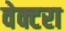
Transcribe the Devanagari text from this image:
वेक्टरा